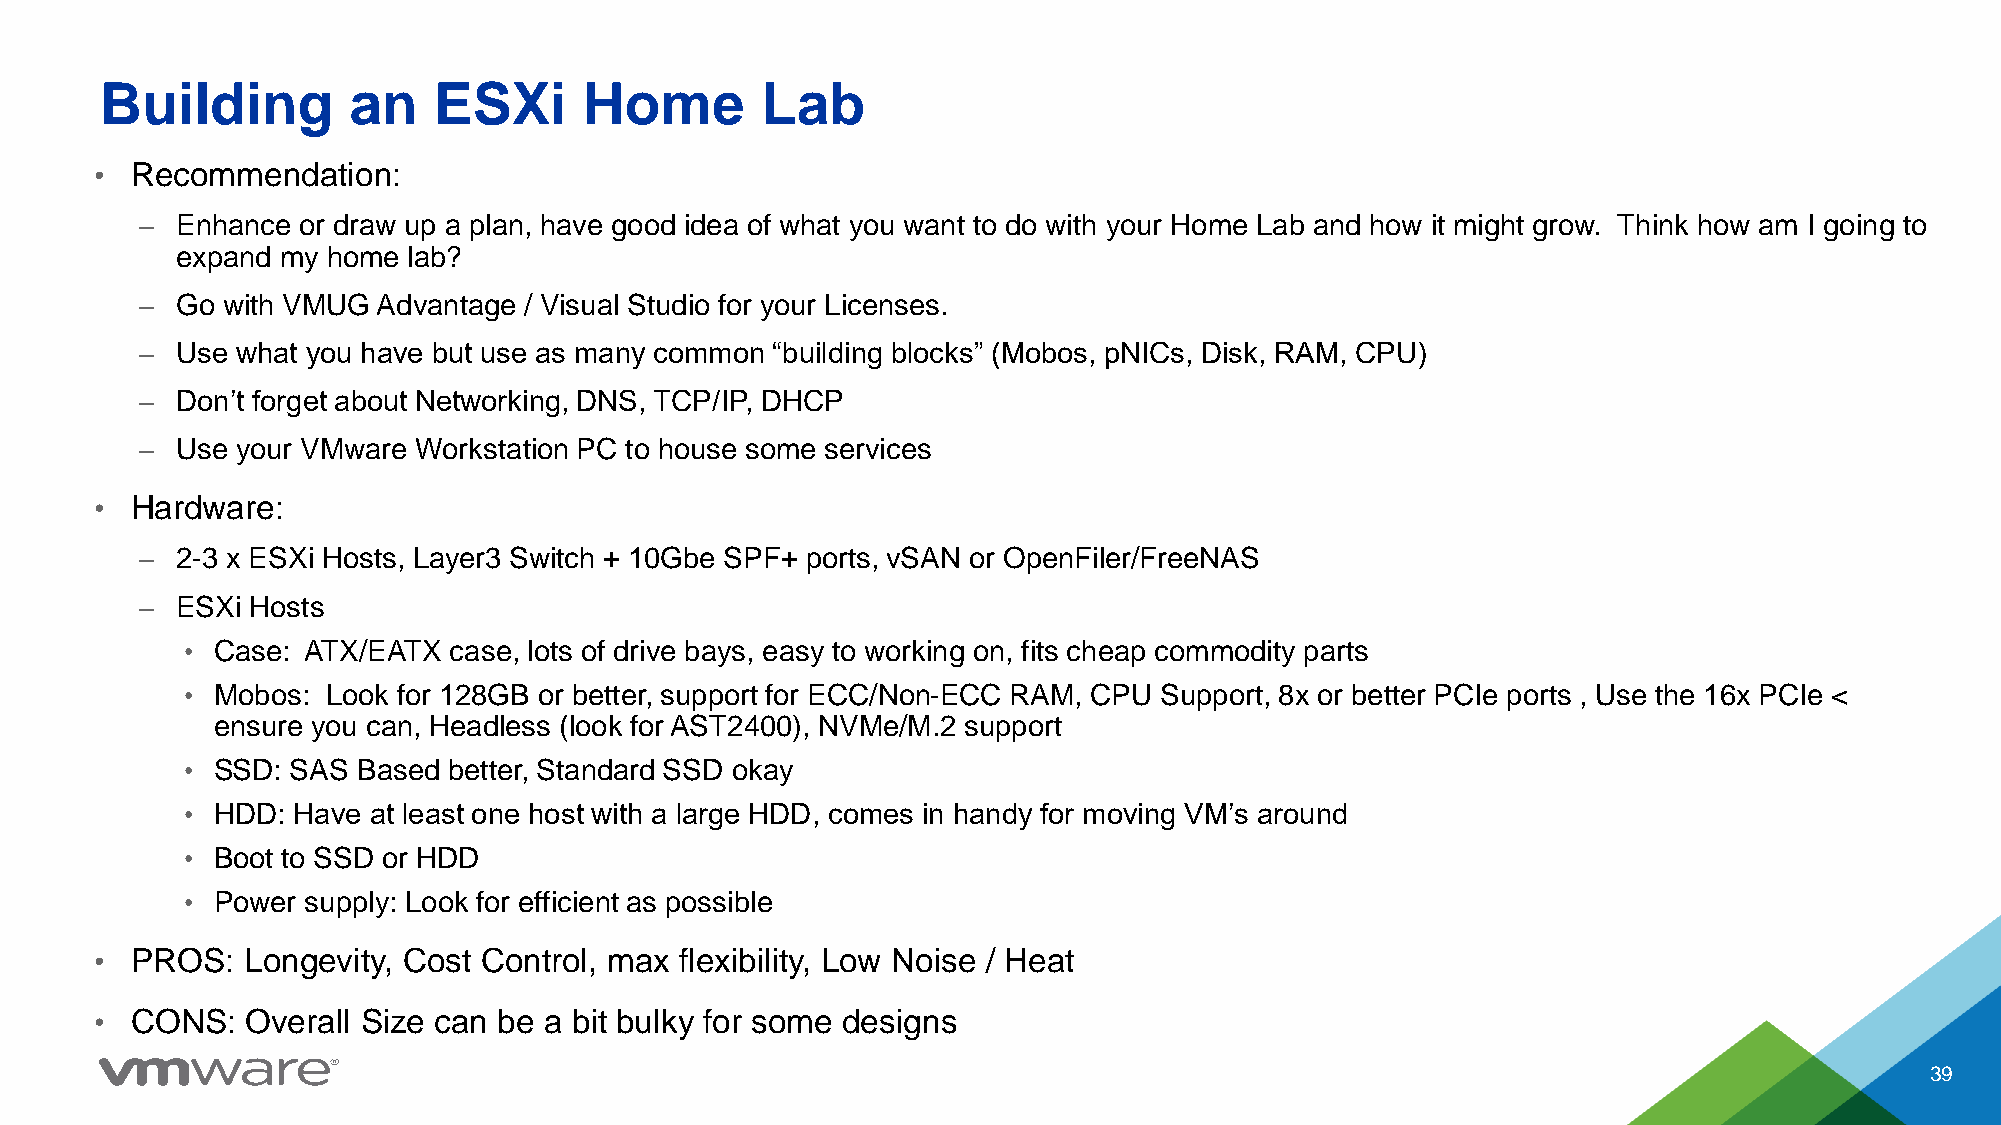
Building        an    ESXi      Home       Lab
 •  Recommendation:
 –  Enhance or draw up a plan, have good idea of what you want to do with your Home Lab and how it might grow. Think how am I going to
 expand my home lab?
 –  Go with VMUG Advantage / Visual Studio for your Licenses.
 –  Use what you have but use as many common “building blocks” (Mobos, pNICs, Disk, RAM, CPU)
 –  Don’t forget about Networking, DNS, TCP/IP, DHCP
 –  Use your VMware Workstation PC to house some services
 •  Hardware:
 –  2-3 x ESXi Hosts, Layer3 Switch + 10Gbe SPF+ ports, vSAN or OpenFiler/FreeNAS
 –  ESXi Hosts
 • Case: ATX/EATX  case, lots of drive bays, easy to working on, fits cheap commodity parts
 • Mobos:  Look for 128GB or better, support for ECC/Non-ECC RAM, CPU Support, 8x or better PCIe ports , Use the 16x PCIe <
 ensure you can, Headless (look for AST2400), NVMe/M.2 support
 • SSD: SAS  Based better, Standard SSD okay
 • HDD: Have at least one host with a large HDD, comes in handy for moving VM’s around
 • Boot to SSD or HDD
 • Power supply: Look for efficient as possible
 •  PROS:  Longevity, Cost Control, max flexibility, Low Noise / Heat
 •  CONS:  Overall Size can be a bit bulky for some designs
 39